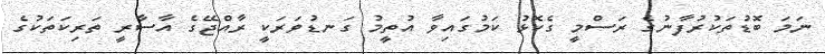
ނަމަ ބޮޑުތަކުރުފާނުގެ ރަސްމީ ގެކޮޅު ކަމުގައިވާ އުތީމު ގަނޑުވަރަކީ ރާއްޖޭގެ އާސާރީ ތަރިކަތަކުގެ